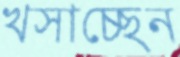
খসাচ্ছেন